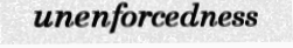
unenforcedness